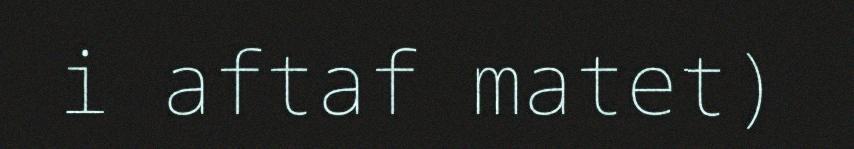
i aftaf matet)